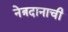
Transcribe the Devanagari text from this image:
नेत्रदानाची